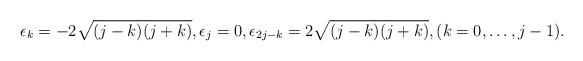
\begin{align*}\epsilon_{k}=-2\sqrt{(j-k)(j +k)}, \epsilon_{j}=0, \epsilon_{2j-k}=2\sqrt{(j-k)(j+k)}, (k=0,\ldots,j-1).\end{align*}